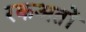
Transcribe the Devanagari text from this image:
रकअतों